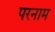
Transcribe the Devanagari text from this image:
परनाम